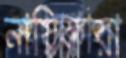
নায়িকারা